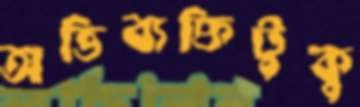
অভিব্যক্তিটুকু